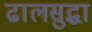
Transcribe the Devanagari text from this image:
ढालसुद्धा